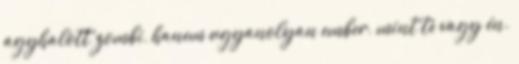
agyhalott zombi, hanem ugyanolyan ember, mint te vagy én.